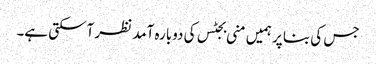
جس کی بنا پر ہمیں منی بجٹس کی دوبارہ آمد نظر آسکتی ہے۔